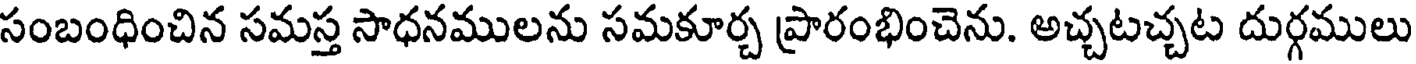
సంబంధించిన సమస్త సాధనములను సమకూర్చ ప్రారంభించెను. అచ్చటచ్చట దుర్గములు